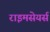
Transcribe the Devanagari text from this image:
राइमसेयर्स